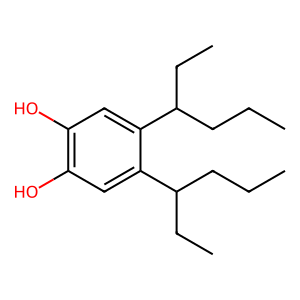
SMILES: CCCC(CC)c1cc(O)c(O)cc1C(CC)CCC
Inhibits HIV replication: No